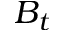
B _ { t }